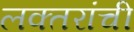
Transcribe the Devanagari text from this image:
लक्‍तरांची